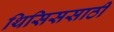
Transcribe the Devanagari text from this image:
थिसिससाठी